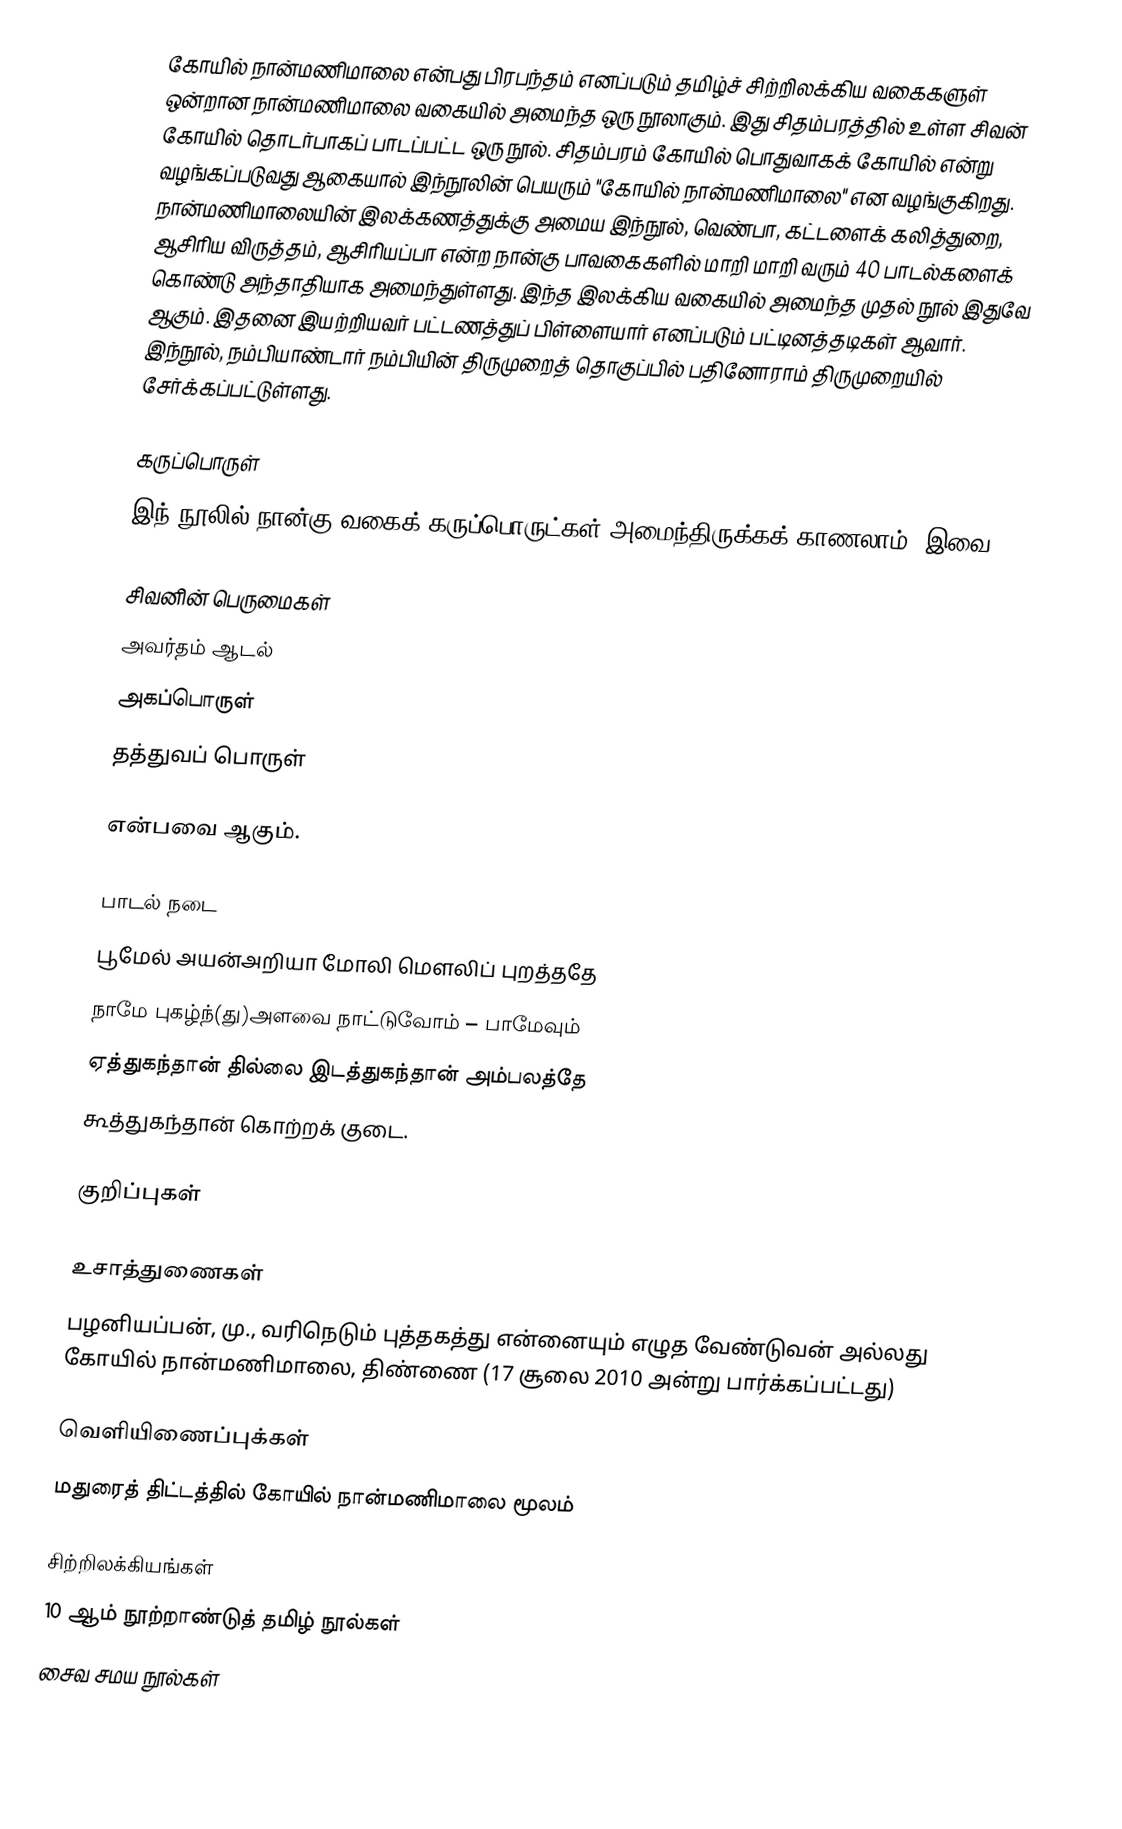
கோயில் நான்மணிமாலை   என்பது பிரபந்தம் எனப்படும் தமிழ்ச் சிற்றிலக்கிய வகைகளுள் ஒன்றான நான்மணிமாலை வகையில் அமைந்த ஒரு நூலாகும். இது சிதம்பரத்தில் உள்ள சிவன் கோயில் தொடர்பாகப் பாடப்பட்ட ஒரு நூல். சிதம்பரம் கோயில் பொதுவாகக் கோயில் என்று வழங்கப்படுவது ஆகையால் இந்நூலின் பெயரும் "கோயில் நான்மணிமாலை" என வழங்குகிறது. நான்மணிமாலையின் இலக்கணத்துக்கு அமைய இந்நூல், வெண்பா, கட்டளைக் கலித்துறை, ஆசிரிய விருத்தம், ஆசிரியப்பா என்ற நான்கு பாவகைகளில் மாறி மாறி வரும் 40 பாடல்களைக் கொண்டு அந்தாதியாக அமைந்துள்ளது. இந்த இலக்கிய வகையில் அமைந்த முதல் நூல் இதுவே ஆகும். இதனை இயற்றியவர் பட்டணத்துப் பிள்ளையார் எனப்படும் பட்டினத்தடிகள் ஆவார். இந்நூல், நம்பியாண்டார் நம்பியின் திருமுறைத் தொகுப்பில் பதினோராம் திருமுறையில் சேர்க்கப்பட்டுள்ளது.

கருப்பொருள்
இந் நூலில் நான்கு வகைக் கருப்பொருட்கள் அமைந்திருக்கக் காணலாம். இவை:

 சிவனின் பெருமைகள்
 அவர்தம் ஆடல்
 அகப்பொருள்
 தத்துவப் பொருள்

என்பவை ஆகும்.

பாடல் நடை
பூமேல் அயன்அறியா மோலி மௌலிப் புறத்ததே
நாமே புகழ்ந்(து)அளவை நாட்டுவோம் – பாமேவும்
ஏத்துகந்தான் தில்லை இடத்துகந்தான் அம்பலத்தே
கூத்துகந்தான் கொற்றக் குடை.

குறிப்புகள்

உசாத்துணைகள்
 பழனியப்பன், மு., வரிநெடும் புத்தகத்து என்னையும் எழுத வேண்டுவன் அல்லது கோயில் நான்மணிமாலை, திண்ணை (17 சூலை 2010 அன்று பார்க்கப்பட்டது)

வெளியிணைப்புக்கள்
 மதுரைத் திட்டத்தில் கோயில் நான்மணிமாலை மூலம்

சிற்றிலக்கியங்கள்
10 ஆம் நூற்றாண்டுத் தமிழ் நூல்கள்
சைவ சமய நூல்கள்